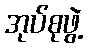
အုပ်စုဖွဲ့